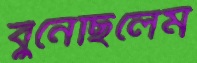
বুনেছিলেম